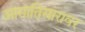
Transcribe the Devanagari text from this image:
आमातिसारावर